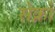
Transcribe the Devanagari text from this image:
सेर्क्नो